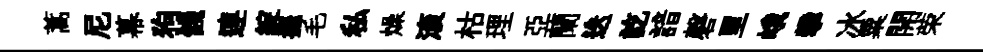
蒿尼幕狗餞連綻擺毛私燥滚枯理亞蘭迭訖諳磬里峨攀冰粟開荣